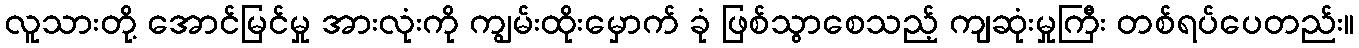
လူသားတို့ အောင်မြင်မှု အားလုံးကို ကျွမ်းထိုးမှောက် ခုံ ဖြစ်သွာစေသည့် ကျဆုံးမှုကြီး တစ်ရပ်ပေတည်း။